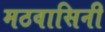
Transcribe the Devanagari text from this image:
मठवासिनी